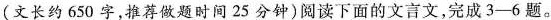
(文长约650字，推荐做题时间25分钟)阅读下面的文言文，完成3-6题。